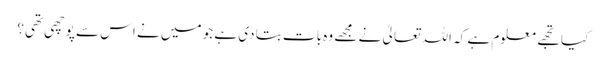
کیا تجھے معلوم ہے کہ اللہ تعالیٰ نے مجھے وہ بات بتا دی ہے جو میں نے اس سے پوچھی تھی؟